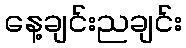
နေ့ချင်းညချင်း